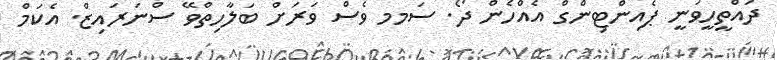
ދައްތީހީވަނީ ޕެއިންޓިންގް އެއްހެން ދޯ. ސަމމ ވެސް ވަރަށް ބަލާހިތްވޭ ސްނަރައިޒް. އެކަމް